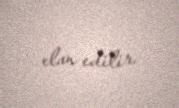
elan edilir.